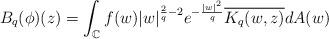
LaTeX: \begin{align*}B_q(\phi)(z) &=\int_{\mathbb{C}} f(w)|w|^{\frac{2}{q}-2} e^{-\frac{|w|^2}{q}} \overline{K_q(w,z)} dA(w)\end{align*}